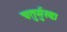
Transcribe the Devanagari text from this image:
चतुर्मुखः।